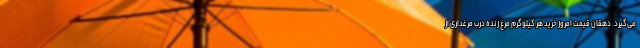
می‌گیرد. دهقان قیمت امروز خرید هر کیلوگرم مرغ زنده درب مرغداری از